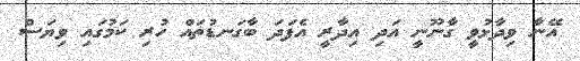
އޭނާ ވިދާޅުވީ ގާނޫނީ އަދި އިދާރީ އެފަދަ ބާގަނޑުތައް ހުރި ކަމުގައި ވިޔަސް